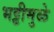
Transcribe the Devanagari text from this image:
भट्टीमुळे